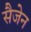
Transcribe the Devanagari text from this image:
सैजेन